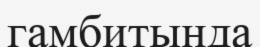
гамбитында